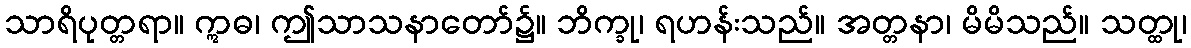
သာရိပုတ္တရာ။ ဣဓ၊ ဤသာသနာတော်၌။ ဘိက္ခု၊ ရဟန်းသည်။ အတ္တနာ၊ မိမိသည်။ သတ္ထု၊